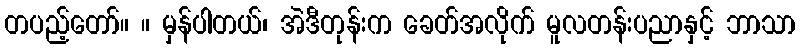
တပည့်တော်။ ။ မှန်ပါတယ်၊ အဲဒီတုန်းက ခေတ်အလိုက် မူလတန်းပညာနှင့် ဘာသာ